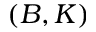
( B , K )